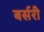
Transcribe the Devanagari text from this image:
बर्सरी